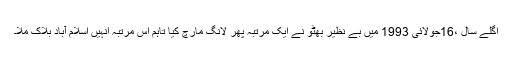
اگلے سال ،16جولائی 1993 میں بے نظیر بھٹو نے ایک مرتبہ پھر لانگ مارچ کیا تاہم اس مرتبہ انہیں اسلام آباد بلاک ملا۔